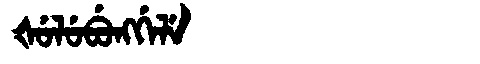
Manchu: ᡧᡠᠯᡠᠪᡠᠩᡤᡝᠯᡝ
Romanization: ŠULUBUNGGELE